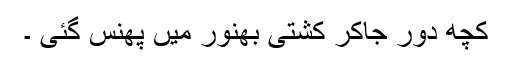
کچھ دور جاکر کشتی بھنور میں پھنس گئی ۔